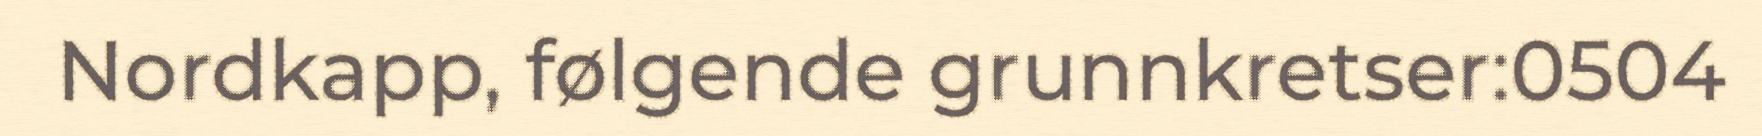
Nordkapp, følgende grunnkretser:0504